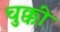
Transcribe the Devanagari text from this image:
चुक्की